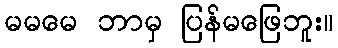
မမမေ ဘာမှ ပြန်မဖြေဘူး။